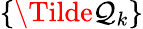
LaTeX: \{ \Tilde{\mathcal{Q}}_{k}\}